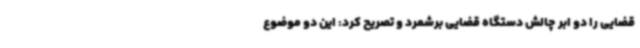
قضایی را دو ابر چالش دستگاه قضایی برشمرد و تصریح کرد: این دو موضوع